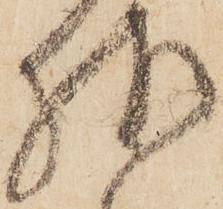
様